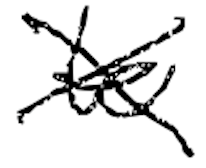
Text: to
Cross-out: cross
Writing tool: digital_black